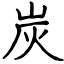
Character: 炭